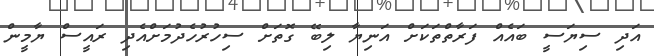
އަދި ސިޔަސީ ބައެއް ފަރާތްތަކަށް އަނިޔާ ލިބޭ ގޮތަށް ސިހުރުހެދުމަށްއެދި ރައީސް ޔާމީން